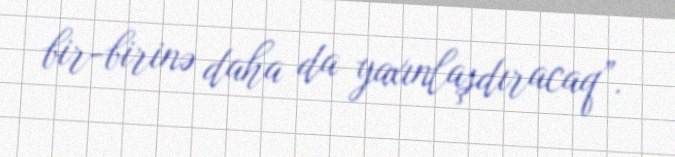
bir-birinə daha da yaxınlaşdıracaq”.